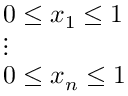
\displaystyle { \begin{array} { l } { 0 \leq x _ { 1 } \leq 1 } \\ { \vdots } \\ { 0 \leq x _ { n } \leq 1 } \end{array} }